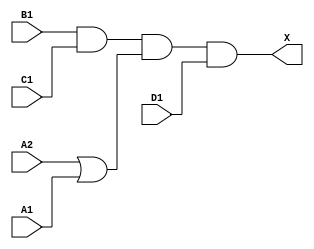
module sky130_fd_sc_hd__o2111a (
    X ,
    A1,
    A2,
    B1,
    C1,
    D1
);

    // Module ports
    output X ;
    input  A1;
    input  A2;
    input  B1;
    input  C1;
    input  D1;

    // Local signals
    wire or0_out   ;
    wire and0_out_X;

    //  Name  Output      Other arguments
    or  or0  (or0_out   , A2, A1             );
    and and0 (and0_out_X, B1, C1, or0_out, D1);
    buf buf0 (X         , and0_out_X         );

endmodule